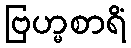
ဗြဟ္မစာရိံ